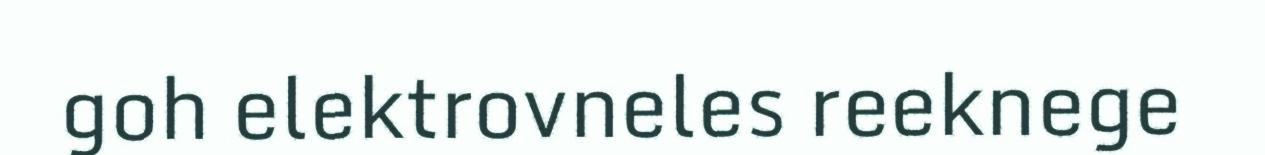
goh elektrovneles reeknege